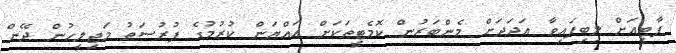
ޕާޓީއަށް ލިބިފައިވާ އަދަދަށް މެންބަރުން ކޮމެޓީތަކަށް އައްޔަން ކުރުމުގެ ފުރުސަތު މަޖިލީހުން ދޭން